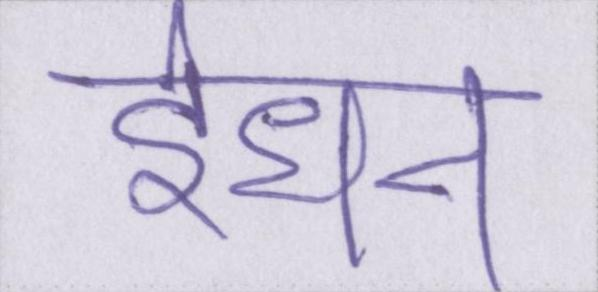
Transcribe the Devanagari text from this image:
ईंधन